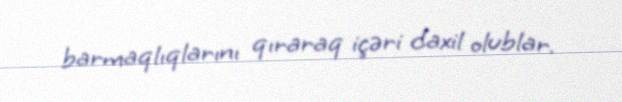
barmaqlıqlarını qıraraq içəri daxil olublar.